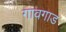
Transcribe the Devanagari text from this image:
गावगाड